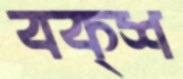
বক্শ